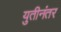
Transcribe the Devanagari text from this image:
युतीनंतर